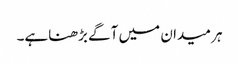
ہر میدان میں آگے بڑھناہے۔